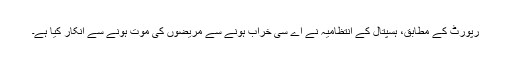
رپورٹ کے مطابق، ہسپتال کے انتظامیہ نے اے سی خراب ہونے سے مریضوں کی موت ہونے سے انکار کیا ہے۔